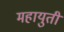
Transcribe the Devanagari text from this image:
महायुती